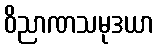
ဝိညာဏသမုဒယာ